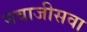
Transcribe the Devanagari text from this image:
नवाजीसवा